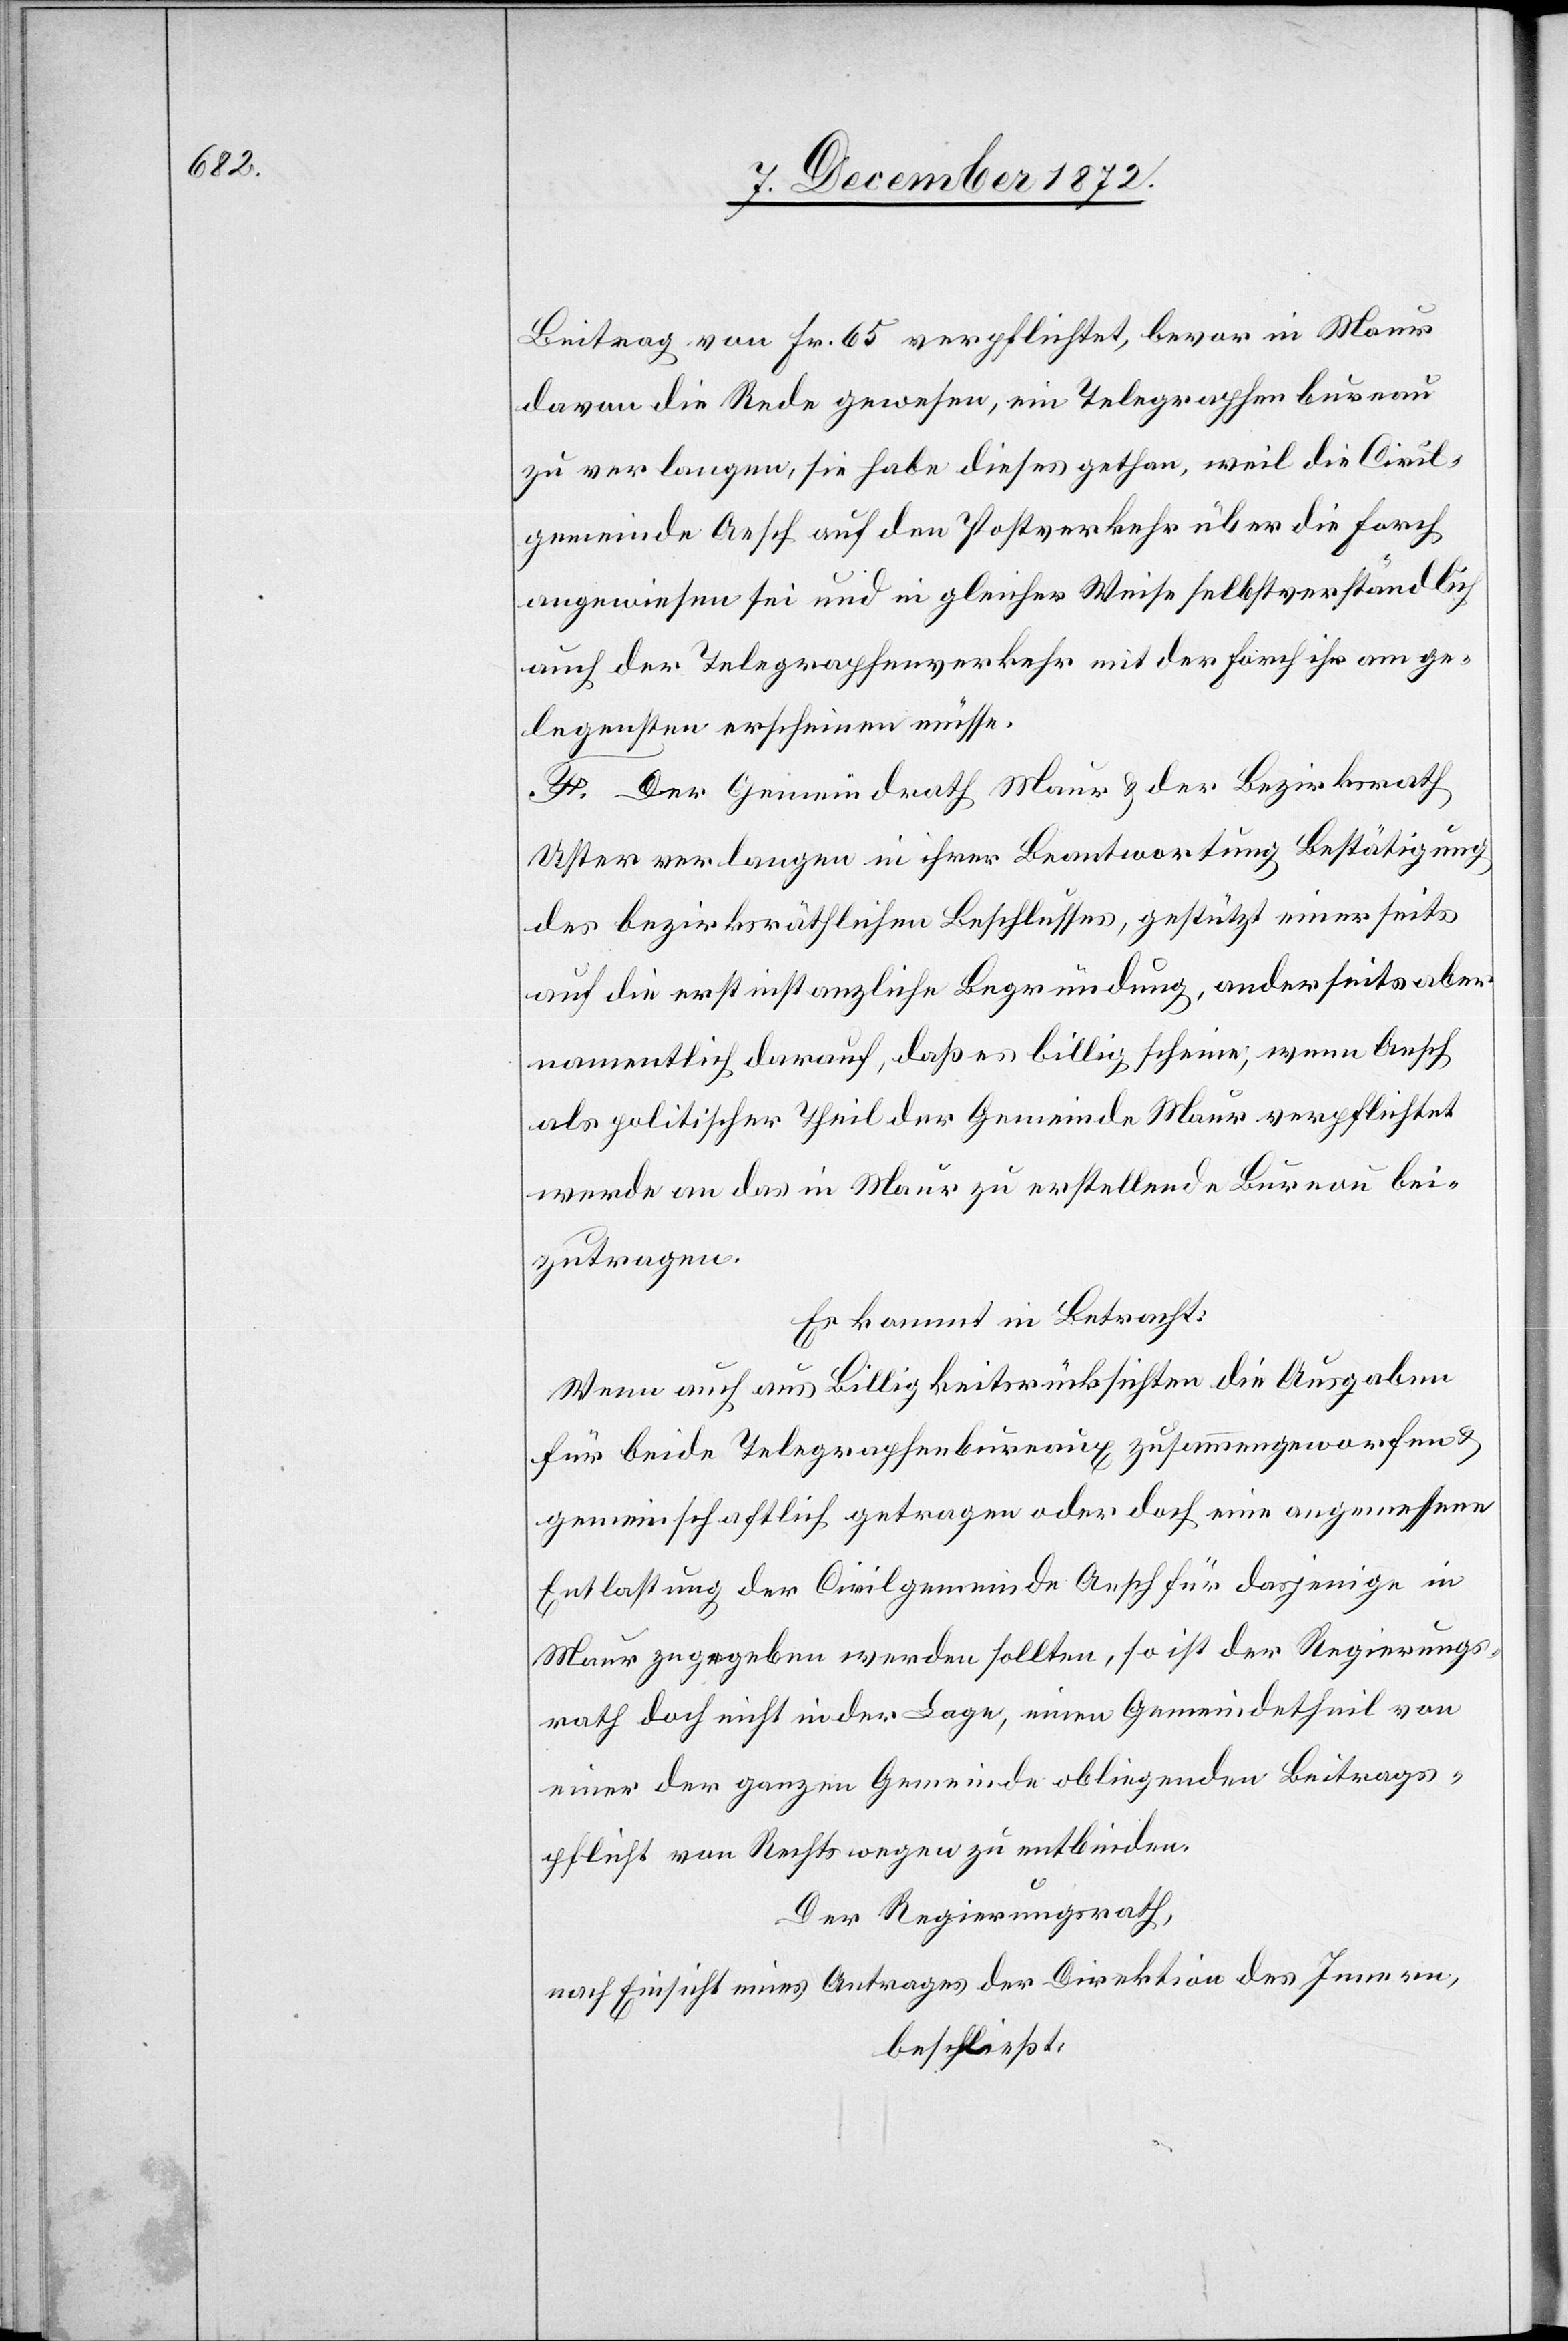
Beitrag von Fr. 65 verpflichtet, bevor in Maur
davon die Rede gewesen, ein Telegraphenbureau
zu verlangen, sie habe dieses gethan, weil die Civil¬
gemeinde Aesch auf den Postverkehr über die Forch
angewiesen sei und in gleicher Weise selbstverständlich
auch der Telegraphenverkehr mit der Forch ihr am ge¬
legensten erscheinen müsse.
F. Der Gemeindrath Maur u. der Bezirksrath
Uster verlangen in ihrer Beantwortung Bestätigung
des bezirksräthlichen Beschlusses, gestützt einerseits
auf die erstinstanzliche Begründung, anderseits aber
namentlich darauf, daß es billig scheine, wenn Aesch
als politischer Theil der Gemeinde Maur verpflichtet
werde an das in Maur zu erstellende Bureau bei¬
zutragen.
Es kommt in Betracht:
Wenn auch aus Billigkeitsrücksichten die Ausgaben
für beide Telegraphenbureaux zusammengeworfen u.
gemeinschaftlich getragen oder doch eine angemessene
Entlastung der Civilgemeinde Aesch für dasjenige in
Maur zugegeben werden sollten, so ist der Regierungs¬
rath doch nicht in der Lage, einen Gemeindetheil von
einer der ganzen Gemeinde obliegenden Beitrags¬
pflicht von Rechtswegen zu entbinden.
Der Regierungsrath,
nach Einsicht eines Antrages der Direktion des Innern,
beschließt: